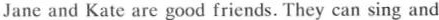
Jane and Kate are good friends. They can sing and